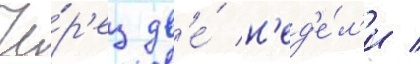
Че́р'ез дв'е́ н'ед'е́л'и /